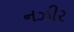
નઝીર